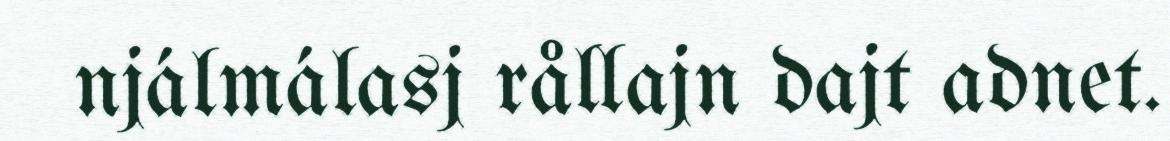
njálmálasj rållajn dajt adnet.